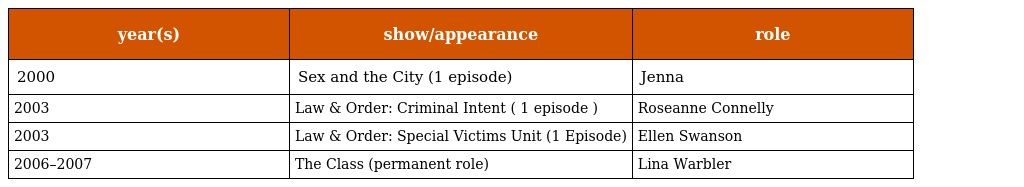
| year(s) | show/appearance | role |
 | --- | --- | --- |
 | 2000 | Sex and the City (1 episode) | Jenna |
 | 2003 | Law & Order: Criminal Intent ( 1 episode ) | Roseanne Connelly |
 | 2003 | Law & Order: Special Victims Unit (1 Episode) | Ellen Swanson |
 | 2006–2007 | The Class (permanent role) | Lina Warbler |